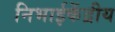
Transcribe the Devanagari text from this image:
निभाईकेंद्रीय